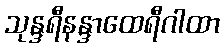
သုန္ဒရီနန္ဒာထေရီဂါထာ